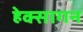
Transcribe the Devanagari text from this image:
हेक्सागन